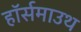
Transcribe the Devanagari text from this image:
हॉर्समाउथ